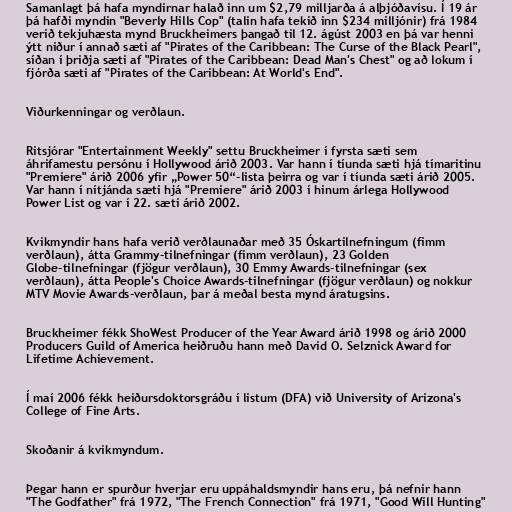
Samanlagt þá hafa myndirnar halað inn um $2,79 milljarða á alþjóðavísu. Í 19 ár
þá hafði myndin "Beverly Hills Cop" (talin hafa tekið inn $234 milljónir) frá 1984
verið tekjuhæsta mynd Bruckheimers þangað til 12. ágúst 2003 en þá var henni
ýtt niður í annað sæti af "Pirates of the Caribbean: The Curse of the Black Pearl",
síðan í þriðja sæti af "Pirates of the Caribbean: Dead Man's Chest" og að lokum í
fjórða sæti af "Pirates of the Caribbean: At World's End".

Viðurkenningar og verðlaun.

Ritsjórar "Entertainment Weekly" settu Bruckheimer í fyrsta sæti sem
áhrifamestu persónu í Hollywood árið 2003. Var hann í tíunda sæti hjá tímaritinu
"Premiere" árið 2006 yfir „Power 50“-lista þeirra og var í tíunda sæti árið 2005.
Var hann í nítjánda sæti hjá "Premiere" árið 2003 í hinum árlega Hollywood
Power List og var í 22. sæti árið 2002.

Kvikmyndir hans hafa verið verðlaunaðar með 35 Óskartilnefningum (fimm
verðlaun), átta Grammy-tilnefningar (fimm verðlaun), 23 Golden
Globe-tilnefningar (fjögur verðlaun), 30 Emmy Awards-tilnefningar (sex
verðlaun), átta People's Choice Awards-tilnefningar (fjögur verðlaun) og nokkur
MTV Movie Awards-verðlaun, þar á meðal besta mynd áratugsins.

Bruckheimer fékk ShoWest Producer of the Year Award árið 1998 og árið 2000
Producers Guild of America heiðruðu hann með David O. Selznick Award for
Lifetime Achievement.

Í maí 2006 fékk heiðursdoktorsgráðu í listum (DFA) við University of Arizona's
College of Fine Arts.

Skoðanir á kvikmyndum.

Þegar hann er spurður hverjar eru uppáhaldsmyndir hans eru, þá nefnir hann
"The Godfather" frá 1972, "The French Connection" frá 1971, "Good Will Hunting"